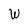
Character: W